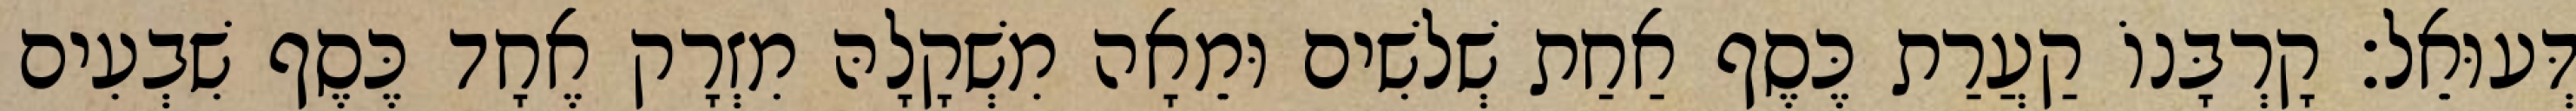
דְּעוּאֵל׃ קָרְבָּנוֹ קַעֲרַת כֶּסֶף אַחַת שְׁלשִׁים וּמֵאָה מִשְׁקָלָהּ מִזְרָק אֶחָד כֶּסֶף שִׁבְעִים